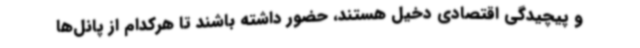
و پیچیدگی اقتصادی دخیل هستند، حضور داشته باشند تا هرکدام از پانل‌ها